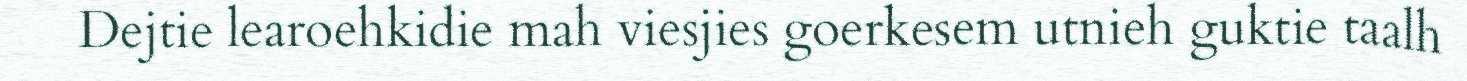
Dejtie learoehkidie mah viesjies goerkesem utnieh guktie taalh